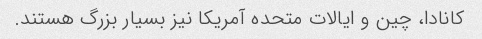
کانادا، چین و ایالات متحده آمریکا نیز بسیار بزرگ هستند.